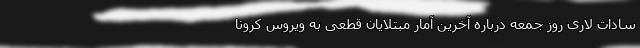
سادات لاری روز جمعه درباره آخرین آمار مبتلایان قطعی به ویروس کرونا